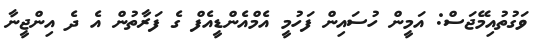
ވަގުތުއިމޭޖަސް: އަމީން ހުސައިން ފަހުމީ އެމްއެންޑީއެފް ގެ ފަރާތުން އެ ދެ އިންޖީނާ